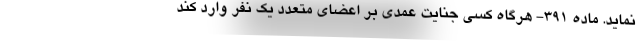
نماید. ماده ۳۹۱- هرگاه کسی جنایت عمدی بر اعضای متعدد یک نفر وارد کند